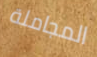
المجاملة